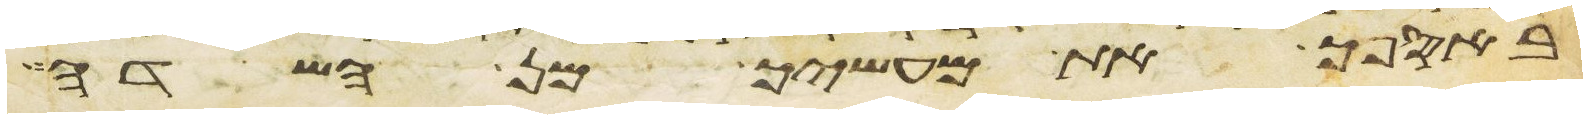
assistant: באספך את מעשיך מן השדה